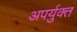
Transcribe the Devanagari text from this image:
अपर्युक्त